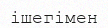
ішегімен